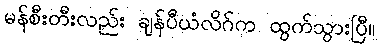
မန်စီးတီးလည်း ချန်ပီယံလိဂ်က ထွက်သွားပြီ။